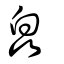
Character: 皛